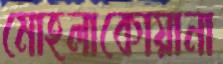
মোহলাকোয়ানা